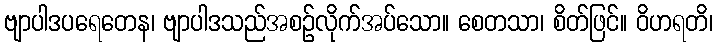
ဗျာပါဒပရေတေန၊ ဗျာပါဒသည်အစဉ်လိုက်အပ်သော။ စေတသာ၊ စိတ်ဖြင်။ ဝိဟရတိ၊